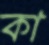
কা